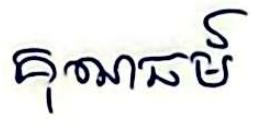
គុណធម៍